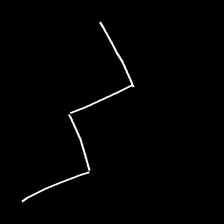
Glyph: crush